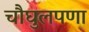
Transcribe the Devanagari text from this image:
चौघुलपणा